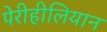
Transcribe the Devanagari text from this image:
पेरीहीलियान